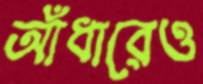
আঁধারেও